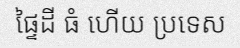
ផ្ទៃដី ធំ ហើយ ប្រទេស